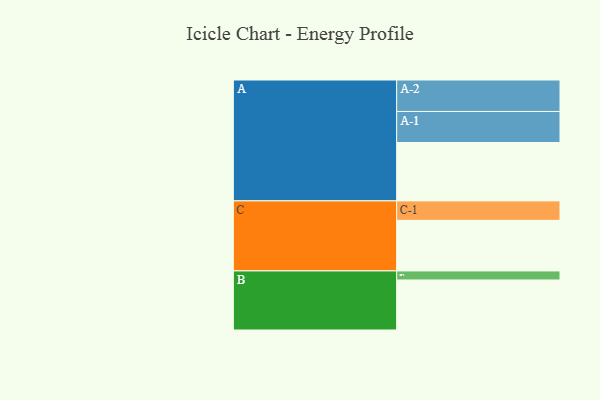
{"axis": {"x": "Segment", "y": "Value"}, "legend": ["", "A", "B", "C"], "data": [{"x": "A", "y": 510, "type": ""}, {"x": "B", "y": 437, "type": ""}, {"x": "C", "y": 442, "type": ""}, {"x": "A-1", "y": 271, "type": "A"}, {"x": "A-2", "y": 275, "type": "A"}, {"x": "B-1", "y": 79, "type": "B"}, {"x": "C-1", "y": 170, "type": "C"}]}